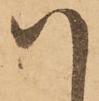
ハ